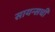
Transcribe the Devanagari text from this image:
सायन्सची